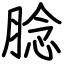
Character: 腍